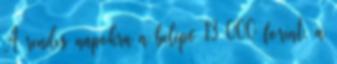
A rendes napokra a belépő 13 000 forint. a